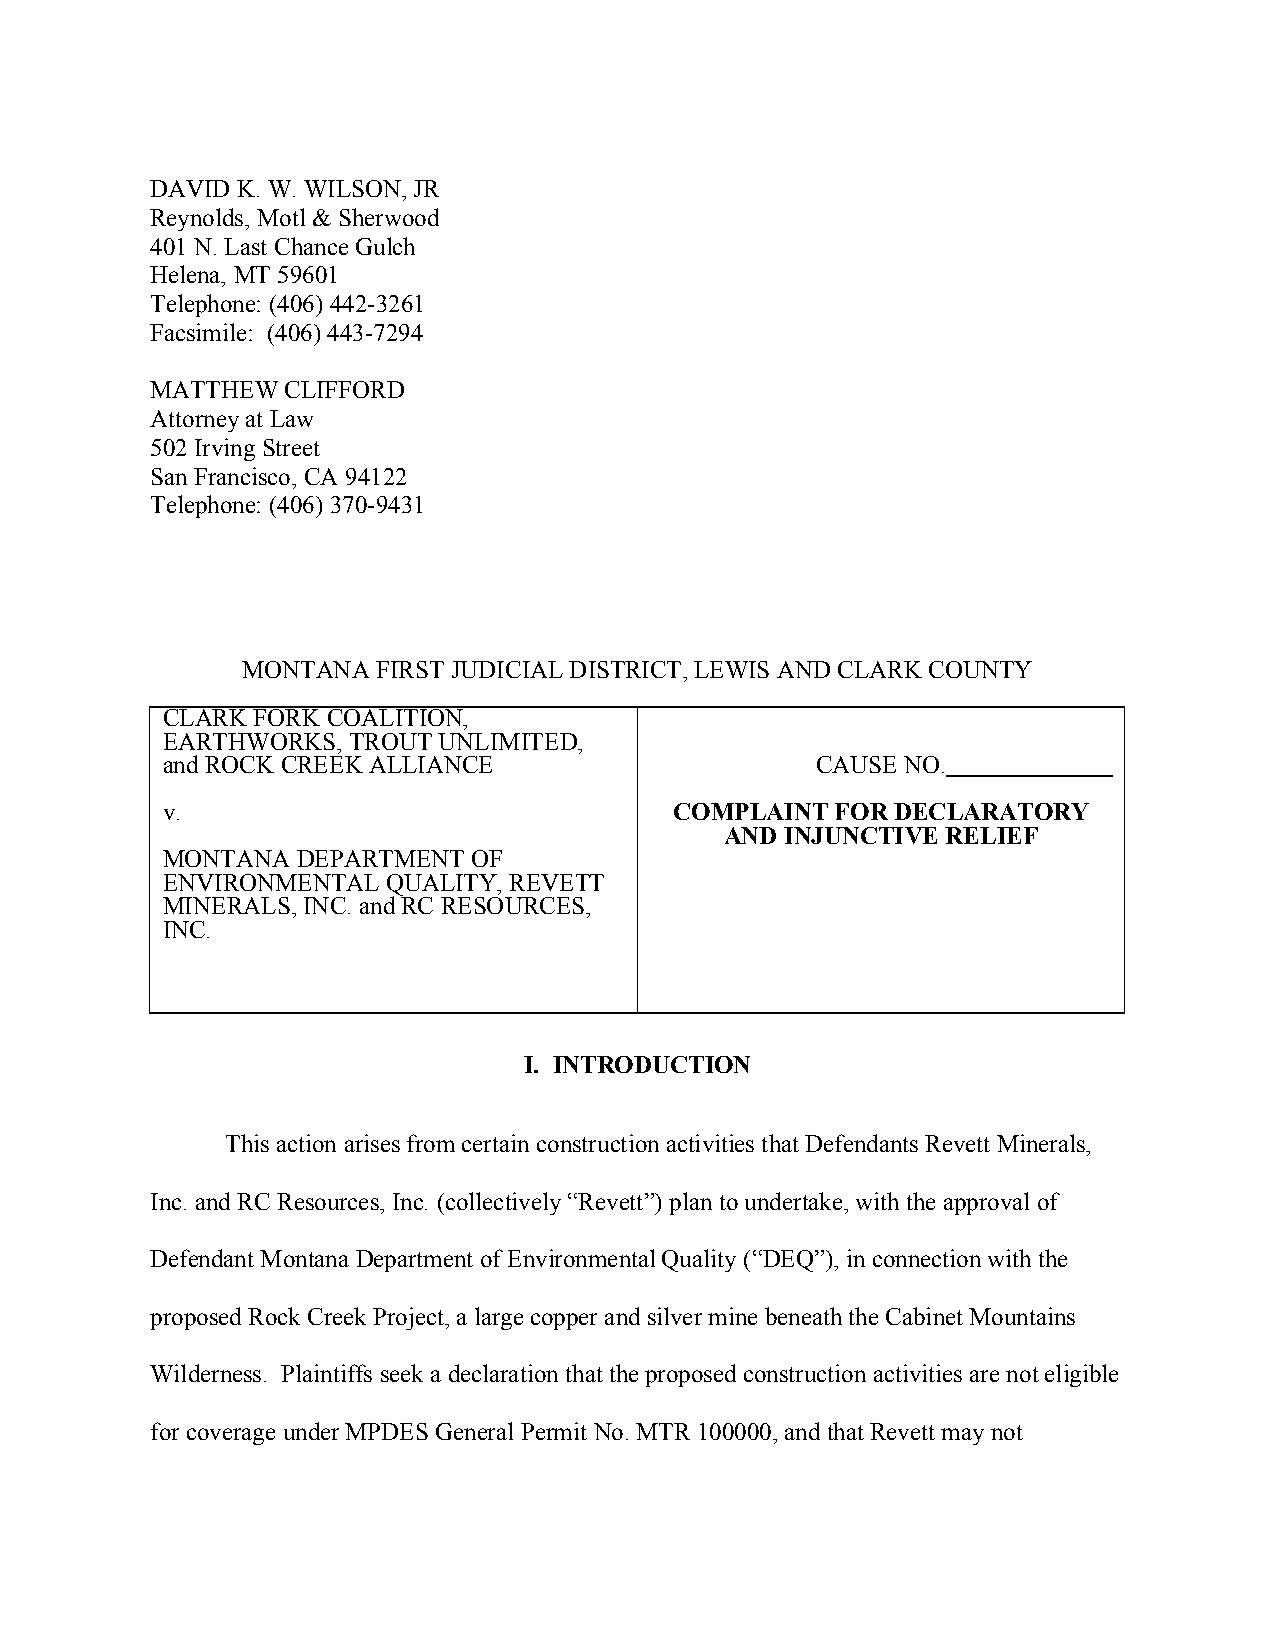
DAVID K. W. WILSON, JR
 Reynolds, Motl & Sherwood
 401 N. Last Chance Gulch
 Helena, MT 59601
 Telephone: (406) 442-3261
 Facsimile: (406) 443-7294
 MATTHEW  CLIFFORD
 Attorney at Law
 502 Irving Street
 San Francisco, CA 94122
 Telephone: (406) 370-9431
 MONTANA  FIRST JUDICIAL DISTRICT, LEWIS AND CLARK COUNTY
 CLARK FORK COALITION,
 EARTHWORKS, TROUT UNLIMITED,
 and ROCK CREEK ALLIANCE                    CAUSE NO.
 v.                                COMPLAINT FOR DECLARATORY
 AND INJUNCTIVE RELIEF
 MONTANA  DEPARTMENT OF
 ENVIRONMENTAL  QUALITY, REVETT
 MINERALS, INC. and RC RESOURCES,
 INC.
 I. INTRODUCTION
 This action arises from certain construction activities that Defendants Revett Minerals,
 Inc. and RC Resources, Inc. (collectively “Revett”) plan to undertake, with the approval of
 Defendant Montana Department of Environmental Quality (“DEQ”), in connection with the
 proposed Rock Creek Project, a large copper and silver mine beneath the Cabinet Mountains
 Wilderness. Plaintiffs seek a declaration that the proposed construction activities are not eligible
 for coverage under MPDES General Permit No. MTR 100000, and that Revett may not